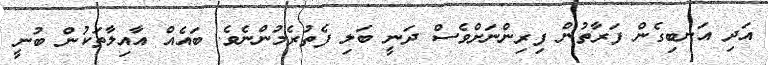
އަދި އަނބިގެން ފަރާތުން ފިރިންނަށްވެސް ދަނީ ބަލި ފެތުރެމުންނެވެ. ބައެއް އާއިލާތަކުން ބުނީ